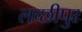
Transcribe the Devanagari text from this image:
लच्छीपुर